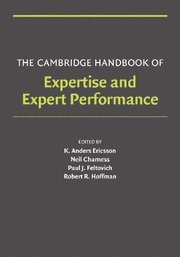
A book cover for The Cambridge Handbook of Expertise and Expert Performance (Cambridge Handbooks in Psychology); Medical Books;